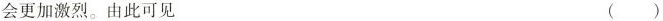
会更加激烈。由此可见 ()